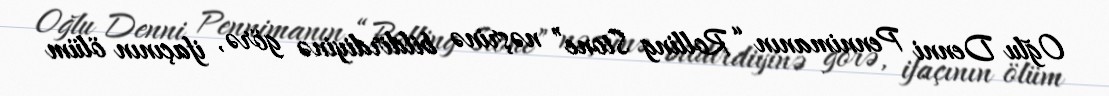
Oğlu Denni Pennimanın “Rolling Stone” nəşrinə bildirdiyinə görə, ifaçının ölüm